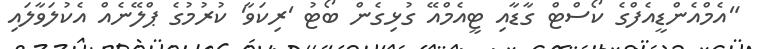
"އެމްއެންޑީއެފްގެ ކޯސްޓް ގާޑާއި ޓީއެމްއޭ ގުޅިގެން ބޯޓު 'ރިކަވާ' ކުރުމުގެ ޕްލޭނެއް އެކުލަވާލައި